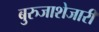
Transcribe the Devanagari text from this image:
बुरुजाशेजारी